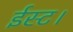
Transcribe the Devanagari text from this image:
ईस्ट।